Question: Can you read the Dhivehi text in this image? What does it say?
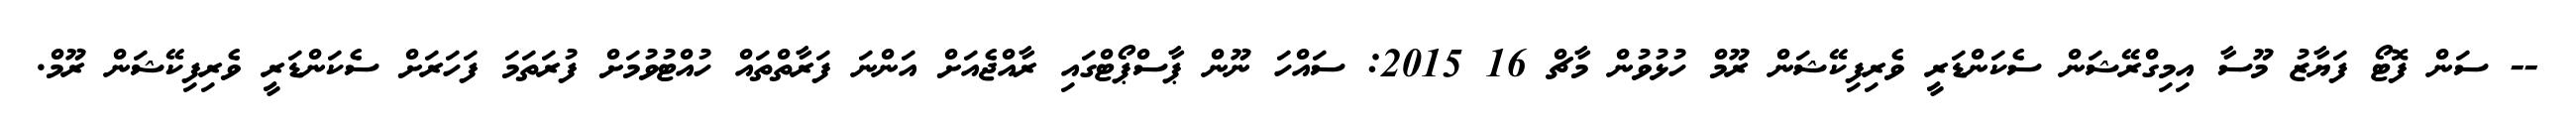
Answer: -- ސަން ފޮޓޯ ފަޔާޒު މޫސާ އިމިގްރޭޝަން ސެކަންޑަރީ ވެރިފިކޭޝަން ރޫމް ހުޅުވުން މާޗް 16 2015: ސައްހަ ނޫން ޕާސްޕޯޓްގައި ރާއްޖެއަށް އަންނަ ފަރާތްތައް ހުއްޓުވުމަށް ފުރަތަމަ ފަހަރަށް ސެކަންޑަރީ ވެރިފިކޭޝަން ރޫމް.